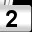
Digit: 2